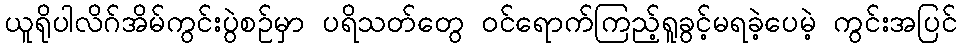
ယူရိုပါလိဂ်အိမ်ကွင်းပွဲစဉ်မှာ ပရိသတ်တွေ ဝင်ရောက်ကြည့်ရူခွင့်မရခဲ့ပေမဲ့ ကွင်းအပြင်